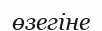
өзегіне